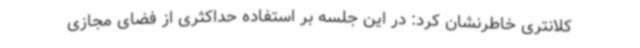
کلانتری خاطرنشان کرد: در این جلسه بر استفاده حداکثری از فضای مجازی